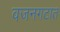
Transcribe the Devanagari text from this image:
वजनगटात